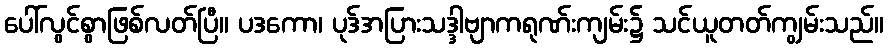
ပေါ်လွင်စွာဖြစ်လတ်ပြီ။ ပဒကော၊ ပုဒ်အပြားသဒ္ဒါဗျာကရုဏ်းကျမ်း၌ သင်ယူတတ်ကျွမ်းသည်။